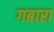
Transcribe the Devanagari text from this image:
गबारा